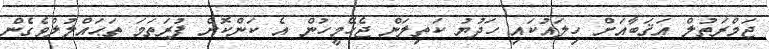
ޖަމްރަތުލް ޢަޤަބާއަށް ހިލައުކައި ހަދުޔު ކަތިލަން ޖެހޭމީހުން އެ ކަންކޮށް ފުރަތަމަ ތަޙައްލުލްވެގެން